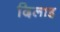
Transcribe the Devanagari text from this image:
दिलाइ